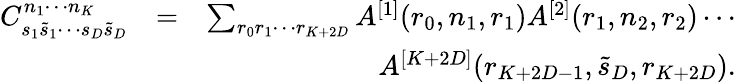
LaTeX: \begin{array}{rlr}{C_{s_{1}\tilde{s}_{1}\cdots s_{D}\tilde{s}_{D}}^{n_{1}\cdots n_{K}}}&{=}&{\sum_{r_{0}r_{1}\cdots r_{K+2D}}A^{[1]}(r_{0},n_{1},r_{1})A^{[2]}(r_{1},n_{2},r_{2})\cdots}\\ &{}&{\qquad\quad A^{[K+2D]}(r_{K+2D-1},\tilde{s}_{D},r_{K+2D}).}\end{array}